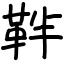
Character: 靽